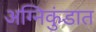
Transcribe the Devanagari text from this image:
अग्निकुंडात